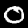
Label: 0